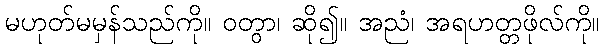
မဟုတ်မမှန်သည်ကို။ ဝတွာ၊ ဆို၍။ အညံ၊ အရဟတ္တဖိုလ်ကို။